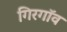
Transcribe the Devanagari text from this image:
गिरगॉव